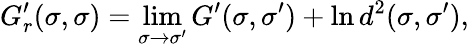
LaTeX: G_{r}^{\prime}(\sigma,\sigma)=\operatorname*{lim}_{\sigma\rightarrow\sigma^{\prime}}G^{\prime}(\sigma,\sigma^{\prime})+\ln d^{2}(\sigma,\sigma^{\prime}),